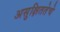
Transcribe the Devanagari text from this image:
असुक्षिततेचे